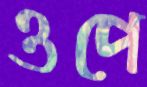
ওপে